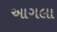
આગલા